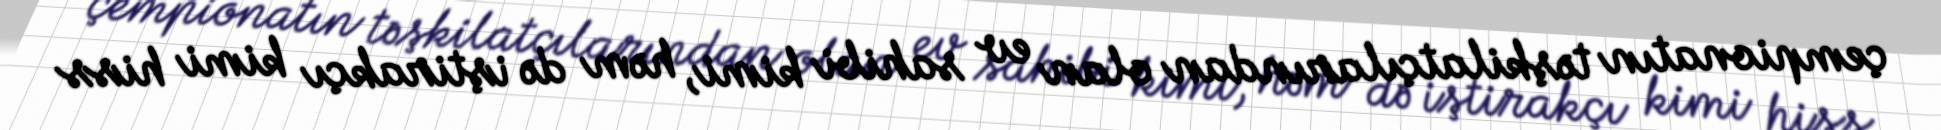
çempionatın təşkilatçılarından olan ev sahibi kimi, həm də iştirakçı kimi hiss